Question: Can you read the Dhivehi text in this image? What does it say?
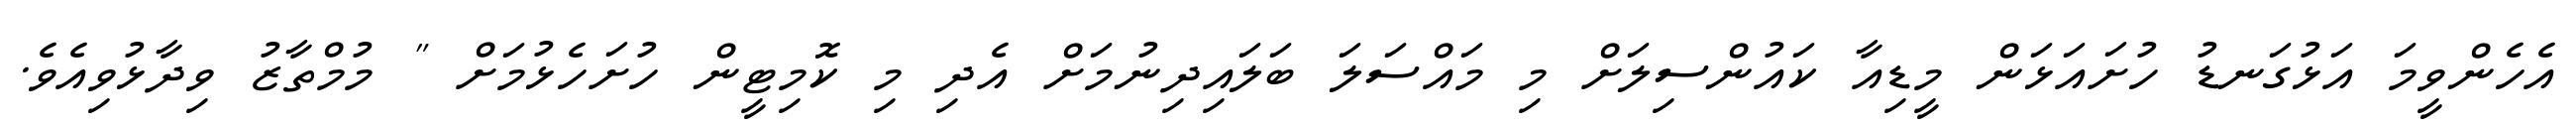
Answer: އެހެންވީމަ އަޅުގަނޑު ހުށައަޅަން މީޑިއާ ކައުންސިލަށް މި މައްސަލަ ބަލައިދިނުމަށް އެދި މި ކޮމިޓީން ހުށަހެޅުމަށް " މުމްތާޒު ވިދާޅުވިއެވެ.